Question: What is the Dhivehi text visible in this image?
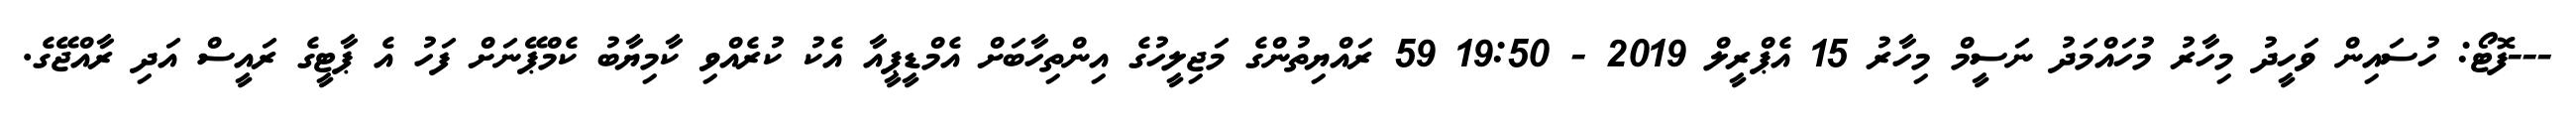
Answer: ---ފޮޓޯ: ހުސައިން ވަހީދު މިހާރު މުހައްމަދު ނަސީމް މިހާރު 15 އެޕްރީލް 2019 - 19:50 59 ރައްޔިތުންގެ މަޖިލީހުގެ އިންތިހާބަށް އެމްޑީޕީއާ އެކު ކުރެއްވި ކާމިޔާބު ކެމްޕޭނަށް ފަހު އެ ޕާޓީގެ ރައީސް އަދި ރާއްޖޭގެ.